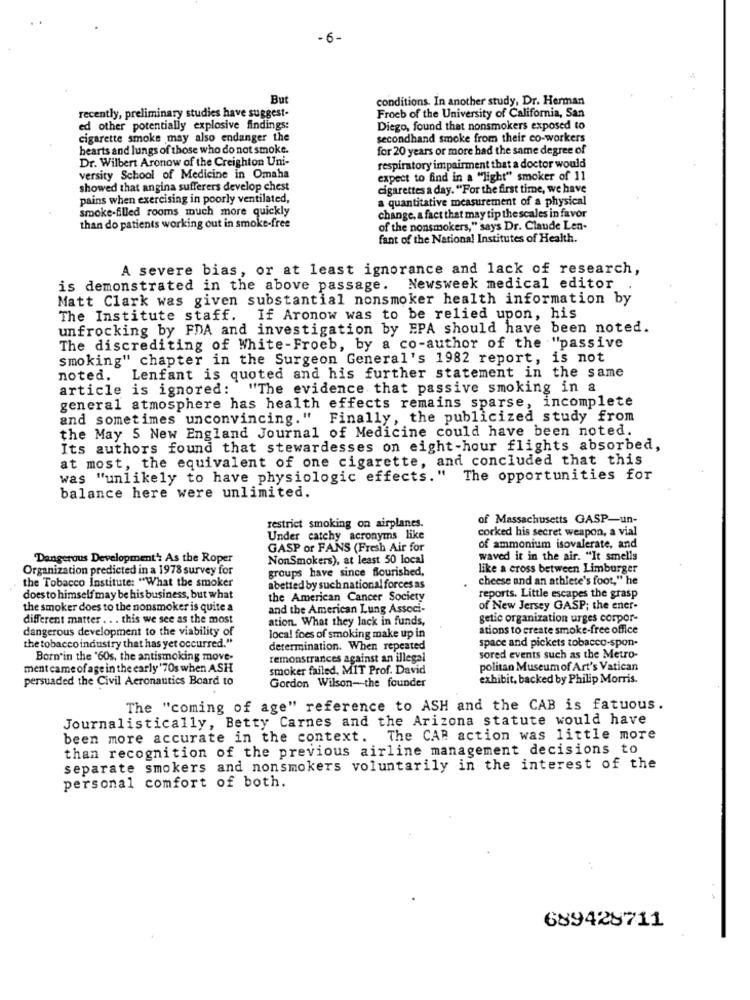
-6-
But
conditions. In another study, Dr. Herman
recently, preliminary studies have suggest-
Froeb of the University of California, San
ed other potentially explosive findings:
Diego, found that nonsmokers exposed to
cigarette smoke may also endanger the
secondhand smoke from their co-workers
hearts and lungs of those who do not smoke.
for 20 years or more had the same degree of
Dr. Wilbert Aronow of the Creighton Uni-
respiratory impairment that a doctor would
versity School of Medicine in Omaha
expect to find in a "light" smoker of 11
showed that angina sufferers develop chest
cigarettes a day. "For the first time, we have
pains when exercising in poorly ventilated,
a quantitative measurement of a physical
smoke-filled rooms much more quickly
change, a fact that may tip the scales in favor
than do patients working out in smoke-free
of the nonsmokers," says Dr. Claude Len-
fant of the National Institutes of Health.
A severe bias, or at least ignorance and lack of research,
is demonstrated in the above passage. Newsweek medical editor
Matt Clark was given substantial nonsmoker health information by
The Institute staff. If Aronow was to be relied upon, his
unfrocking by FDA and investigation by EPA should have been noted.
The discrediting of White-Froeb, by a co-author of the "passive
smoking" chapter in the Surgeon General's 1982 report, is not
noted.
Lenfant is quoted and his further statement in the same
article is ignored:
"The evidence that passive smoking in a
general atmosphere has health effects remains sparse, incomplete
and sometimes unconvincing." Finally, the publicized study from
the May 5 New England Journal of Medicine could have been noted.
Its authors found that stewardesses on eight -hour flights absorbed,
at most, the equivalent of one cigarette, and concluded that this
was "unlikely to have physiologic effects."
The opportunities for
balance here were unlimited.
of Massachusetts GASP-un-
restrict smoking on airplanes.
corked his secret weapon, a vial
Under catchy acronyms like
GASP or FANS (Fresh Air for
of ammonium isovalerate, and
Dangerous Development': As the Roper
NonSmokers), at least 50 local
waved it in the air. "It smells
Organization predicted in a 1978 survey for
groups have since flourished,
like a cross between Limburger
the Tobacco Institute: "What the smoker
cheese and an athlete's foot," he
abetted by such national forces as
does to himself may be his business, but what
the American Cancer Society
reports. Little escapes the grasp
the smoker does to the nonsmoker is quite a
and the American Lung Associ-
of New Jersey GASP; the ener-
different matter . . . this we see as the most
ation. What they lack in funds,
getic organization urges corpor-
dangerous development to the viability of
local foes of smoking make up in
ations to create smoke-free office
space and pickets tobacco-spon-
the tobacco industry that has yet occurred."
determination. When repeated
Born in the '60s, the antismoking move-
remonstrances against an illegal
sored events such as the Metro-
ment came of age in the early '70s when ASH
smoker failed, MIT Prof. David
politan Museum of Art's Vatican
persuaded the Civil Aeronautics Board to
exhibit, backed by Philip Morris.
Gordon Wilson -- the founder
The "coming of age" reference to ASH and the CAB is fatuous.
Journalistically, Betty Carnes and the Arizona statute would have
been more accurate in the context. The CAR action was little more
than recognition of the previous airline management decisions to
separate smokers and nonsmokers voluntarily in the interest of the
personal comfort of both.
689428711